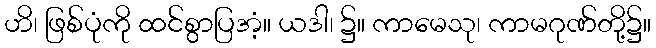
ဟိ၊ ဖြစ်ပုံကို ထင်စွာပြအံ့။ ယဒါ၊ ၌။ ကာမေသု၊ ကာမဂုဏ်တို့၌။